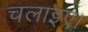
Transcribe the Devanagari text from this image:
चलाइए।